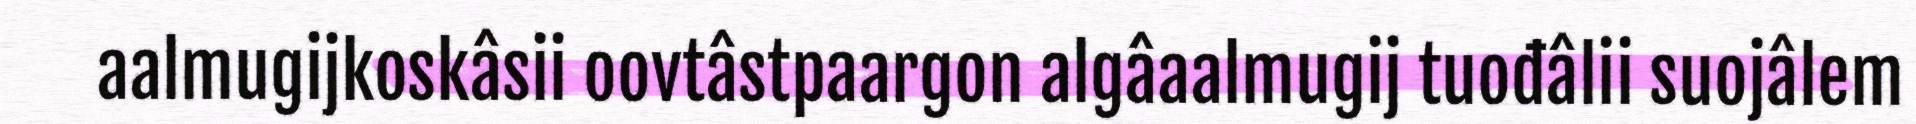
aalmugijkoskâsii oovtâstpaargon algâaalmugij tuođâlii suojâlem